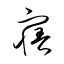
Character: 寤